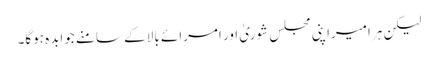
لیکن ہر امیراپنی مجلس شوریٰ اور امرائے بالا کے سامنے جوابدہ ہوگا۔